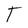
Character: T